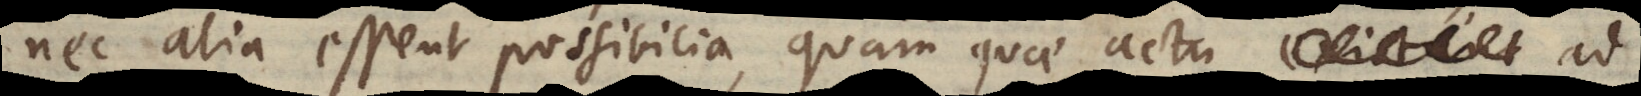
nec alia essent possibilia, quam quae actu